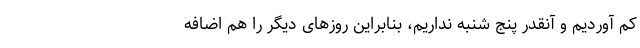
کم آوردیم و آنقدر پنج شنبه نداریم، بنابراین روزهای دیگر را هم اضافه